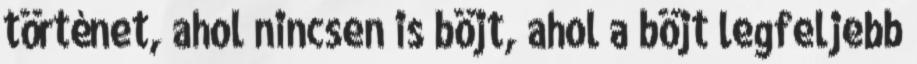
történet, ahol nincsen is böjt, ahol a böjt legfeljebb